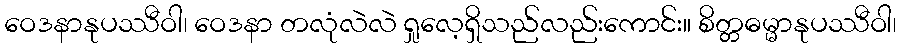
ဝေဒနာနုပဿီဝါ၊ ဝေဒနာ တလုံလဲလဲ ရှုလေ့ရှိသည်လည်းကောင်း။ စိတ္တဓမ္မာနုပဿီဝါ၊